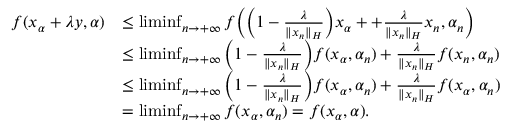
\begin{array} { r l } { f ( x _ { \alpha } + \lambda y , \alpha ) } & { \leq \operatorname* { l i m i n f } _ { n \rightarrow + \infty } f \Big ( \Big ( 1 - \frac { \lambda } { \| x _ { n } \| _ { H } } \Big ) x _ { \alpha } + + \frac { \lambda } { \| x _ { n } \| _ { H } } x _ { n } , \alpha _ { n } \Big ) } \\ & { \leq \operatorname* { l i m i n f } _ { n \rightarrow + \infty } \Big ( 1 - \frac { \lambda } { \| x _ { n } \| _ { H } } \Big ) f ( x _ { \alpha } , \alpha _ { n } ) + \frac { \lambda } { \| x _ { n } \| _ { H } } f ( x _ { n } , \alpha _ { n } ) } \\ & { \leq \operatorname* { l i m i n f } _ { n \rightarrow + \infty } \Big ( 1 - \frac { \lambda } { \| x _ { n } \| _ { H } } \Big ) f ( x _ { \alpha } , \alpha _ { n } ) + \frac { \lambda } { \| x _ { n } \| _ { H } } f ( x _ { \alpha } , \alpha _ { n } ) } \\ & { = \operatorname* { l i m i n f } _ { n \rightarrow + \infty } f ( x _ { \alpha } , \alpha _ { n } ) = f ( x _ { \alpha } , \alpha ) . } \end{array}